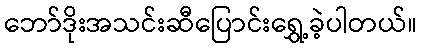
ဘော်ဒိုးအသင်းဆီပြောင်းရွှေ့ခဲ့ပါတယ်။